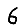
Digit: 6